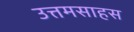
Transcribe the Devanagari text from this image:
उत्तमसाहस